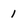
Character: 1